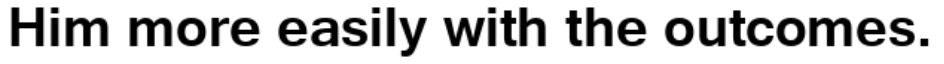
Him more easily with the outcomes.